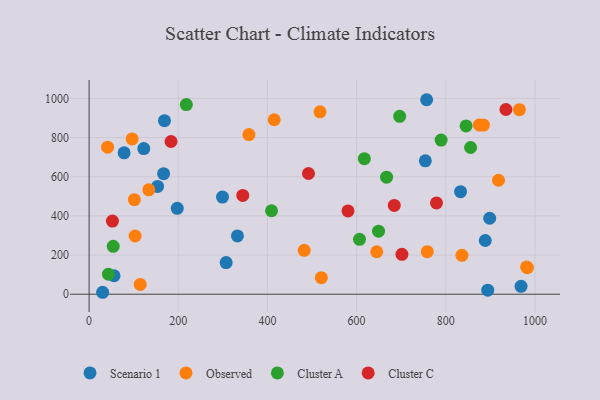
{"axis": {"x": "Experience", "y": "Demand"}, "legend": ["Cluster A", "Cluster C", "Observed", "Scenario 1"], "data": [{"x": "30.3", "y": 10.0, "type": "Scenario 1"}, {"x": "299.2", "y": 496.1, "type": "Scenario 1"}, {"x": "833.2", "y": 523.9, "type": "Scenario 1"}, {"x": "894.2", "y": 20.6, "type": "Scenario 1"}, {"x": "757.1", "y": 993.4, "type": "Scenario 1"}, {"x": "55.9", "y": 94.3, "type": "Scenario 1"}, {"x": "888.6", "y": 274.4, "type": "Scenario 1"}, {"x": "169.0", "y": 886.4, "type": "Scenario 1"}, {"x": "197.7", "y": 438.8, "type": "Scenario 1"}, {"x": "898.6", "y": 388.1, "type": "Scenario 1"}, {"x": "167.1", "y": 615.6, "type": "Scenario 1"}, {"x": "78.5", "y": 722.3, "type": "Scenario 1"}, {"x": "307.4", "y": 161.8, "type": "Scenario 1"}, {"x": "153.6", "y": 550.6, "type": "Scenario 1"}, {"x": "968.9", "y": 40.3, "type": "Scenario 1"}, {"x": "754.2", "y": 681.5, "type": "Scenario 1"}, {"x": "332.7", "y": 297.6, "type": "Scenario 1"}, {"x": "122.6", "y": 743.9, "type": "Scenario 1"}, {"x": "983.1", "y": 135.5, "type": "Observed"}, {"x": "884.6", "y": 863.8, "type": "Observed"}, {"x": "482.5", "y": 224.1, "type": "Observed"}, {"x": "41.4", "y": 750.9, "type": "Observed"}, {"x": "114.6", "y": 49.9, "type": "Observed"}, {"x": "645.2", "y": 216.9, "type": "Observed"}, {"x": "415.2", "y": 891.2, "type": "Observed"}, {"x": "358.5", "y": 815.6, "type": "Observed"}, {"x": "517.9", "y": 931.4, "type": "Observed"}, {"x": "875.2", "y": 864.4, "type": "Observed"}, {"x": "918.4", "y": 582.2, "type": "Observed"}, {"x": "965.2", "y": 942.6, "type": "Observed"}, {"x": "133.9", "y": 533.1, "type": "Observed"}, {"x": "520.9", "y": 84.4, "type": "Observed"}, {"x": "981.3", "y": 139.7, "type": "Observed"}, {"x": "758.6", "y": 217.4, "type": "Observed"}, {"x": "101.5", "y": 482.8, "type": "Observed"}, {"x": "96.5", "y": 793.4, "type": "Observed"}, {"x": "103.1", "y": 297.4, "type": "Observed"}, {"x": "836.3", "y": 198.5, "type": "Observed"}, {"x": "855.7", "y": 749.3, "type": "Cluster A"}, {"x": "606.5", "y": 280.3, "type": "Cluster A"}, {"x": "696.6", "y": 908.6, "type": "Cluster A"}, {"x": "43.4", "y": 102.4, "type": "Cluster A"}, {"x": "789.6", "y": 787.3, "type": "Cluster A"}, {"x": "409.2", "y": 426.3, "type": "Cluster A"}, {"x": "218.1", "y": 968.6, "type": "Cluster A"}, {"x": "845.6", "y": 859.7, "type": "Cluster A"}, {"x": "667.2", "y": 597.6, "type": "Cluster A"}, {"x": "617.4", "y": 692.4, "type": "Cluster A"}, {"x": "54.1", "y": 244.5, "type": "Cluster A"}, {"x": "649.2", "y": 322.1, "type": "Cluster A"}, {"x": "580.7", "y": 425.6, "type": "Cluster C"}, {"x": "701.7", "y": 203.8, "type": "Cluster C"}, {"x": "779.2", "y": 466.2, "type": "Cluster C"}, {"x": "492.1", "y": 616.7, "type": "Cluster C"}, {"x": "183.7", "y": 780.0, "type": "Cluster C"}, {"x": "935.0", "y": 943.5, "type": "Cluster C"}, {"x": "684.5", "y": 453.5, "type": "Cluster C"}, {"x": "52.3", "y": 373.7, "type": "Cluster C"}, {"x": "344.7", "y": 504.6, "type": "Cluster C"}]}